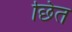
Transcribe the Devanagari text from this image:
छित